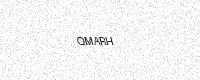
Text: QMARH